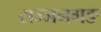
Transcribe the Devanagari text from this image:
सज्जनगङ